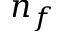
n _ { f }